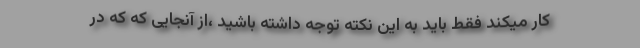
کار میکند فقط باید به این نکته توجه داشته باشید ،از آنجایی که که در